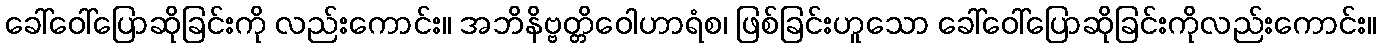
ခေါ်ဝေါ်ပြောဆိုခြင်းကို လည်းကောင်း။ အဘိနိဗ္ဗတ္တိဝေါဟာရံစ၊ ဖြစ်ခြင်းဟူသော ခေါ်ဝေါ်ပြောဆိုခြင်းကိုလည်းကောင်း။